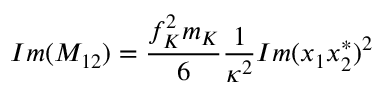
I m ( M _ { 1 2 } ) = \frac { f _ { K } ^ { 2 } m _ { K } } { 6 } \frac { 1 } { \kappa ^ { 2 } } I m ( x _ { 1 } x _ { 2 } ^ { * } ) ^ { 2 }